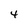
Character: 4